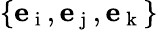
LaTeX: \{ {\mathbf e}_{\mathrm{~i~}},{\mathbf e}_{\mathrm{~j~}},{\mathbf e}_{\mathrm{~k~}}\}